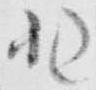
非